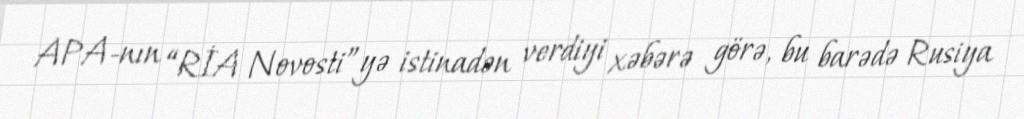
APA-nın “RİA Novosti”yə istinadən verdiyi xəbərə görə, bu barədə Rusiya